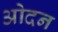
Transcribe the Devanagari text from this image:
ओदन